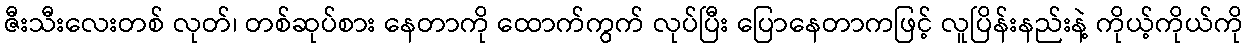
ဇီးသီးလေးတစ် လုတ်၊ တစ်ဆုပ်စား နေတာကို ထောက်ကွက် လုပ်ပြီး ပြောနေတာကဖြင့် လူပြိန်းနည်းနဲ့ ကိုယ့်ကိုယ်ကို